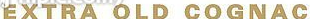
EXTRA OLD COGNAC